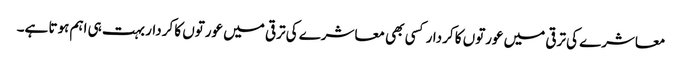
معاشرے کی ترقی میں عورتوں کا کردار کسی بھی معاشرے کی ترقی میں عورتوں کا کردار بہت ہی اہم ہوتا ہے۔